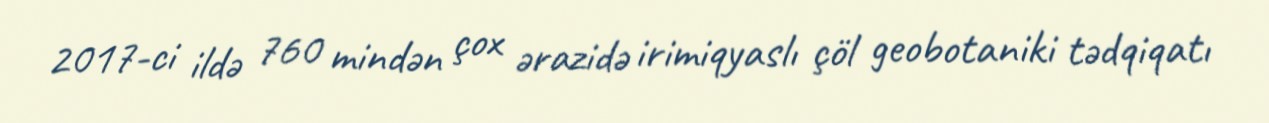
2017-ci ildə 760 mindən çox ərazidə irimiqyaslı çöl geobotaniki tədqiqatı